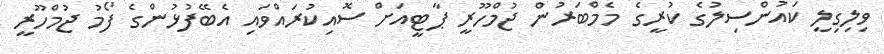
ވިލިގިލީ ކައުންސިލުގެ ކުރީގެ މެމްބަރުން ޖުމްހޫރީ ޕާޓީއަށް ސޮއިކުރައްވައި އެބޭފުޅުންގެ ފޯމު ޖުމްހޫރީ